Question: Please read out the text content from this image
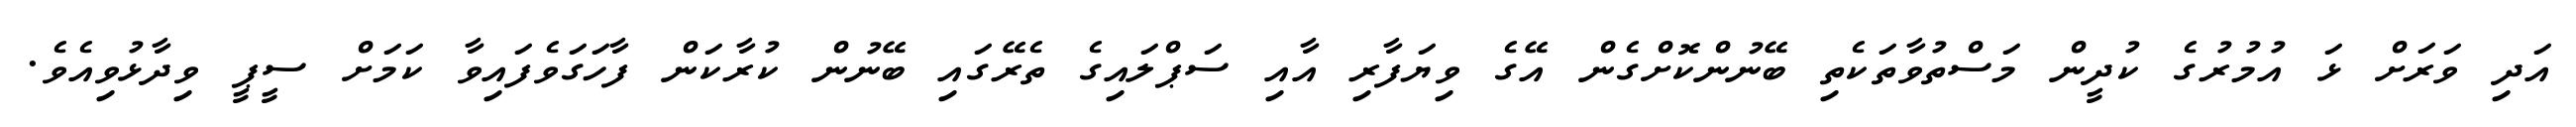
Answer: އަދި ވަރަށް ޅަ އުމުރުގެ ކުދީން މަސްތުވާތަކެތި ބޭނުންކޮށްގެން އޭގެ ވިޔަފާރި އާއި ސަޕްލައިގެ ތެރޭގައި ބޭނުން ކުރާކަން ފާހަގަވެފައިވާ ކަމަށް ސީޕީ ވިދާޅުވިއެވެ.